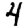
Digit: 4